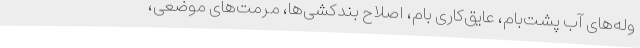
وله‌های آب پشت‌بام، عایق‌کاری بام، اصلاح بندکشی‌ها، مرمت‌های موضعی،